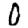
Digit: 0